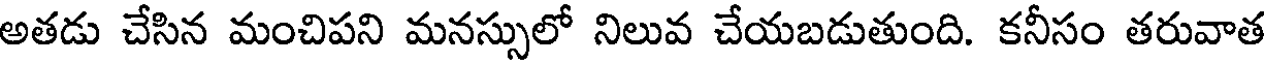
అతడు చేసిన మంచిపని మనస్సులో నిలువ చేయబడుతుంది. కనీసం తరువాత